Indian journal of veterinary science and animal husbandry - Volume 2,
Year: 1932
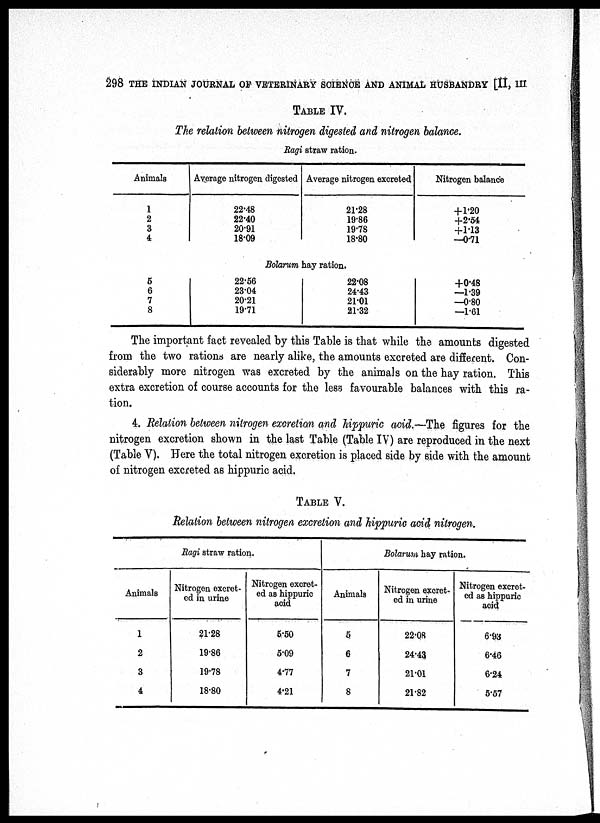
298 THE INDIAN JOURNAL OF VETERINARY SCIENCE AND ANIMAL HUSBANDRY [II, III
TABLE IV.
The relation between nitrogen digested and nitrogen balance.
Ragi straw ration.
Animals
1
2
3
4
5
6
7
8
Average nitrogen digested
22.48
22.40
20.91
18.09
Average nitrogen excreted
21.28
19.86
19.78
18.80
Bolarum hay ration.
22.56
23.04
20.21
19.71
22.08
24.43
21.01
21.32
Nitrogen balance
+1.20
+2.54
+1.13
—0.71
+0.48
—1.39
—0.80
—1.61
The important fact revealed by this Table is that while the amounts digested
from the two rations are nearly alike, the amounts excreted are different. Con-
siderably more nitrogen was excreted by the animals on the hay ration. This
extra excretion of course accounts for the less favourable balances with this ra-
tion.
4. Relation between nitrogen excretion and hippuric acid.—The figures for the
nitrogen excretion shown in the last Table (Table IV) are reproduced in the next
(Table V). Here the total nitrogen excretion is placed side by side with the amount
of nitrogen excreted as hippuric acid.
TABLE V.
Relation between nitrogen excretion and hippuric acid nitrogen.
Ragi straw ration.
Animals
1
2
3
4
Nitrogen excret-
ed in urine
21.28
19.86
19.78
18.80
Nitrogen excret-
ed as hippuric
acid
5.50
5.09
4.77
4.21
Bolarum hay ration.
Animals
5
6
7
8
Nitrogen excret-
ed in urine
22.08
24.43
21.01
21.82
Nitrogen excret-
ed as hippuric
acid
6.93
6.46
6.24
5.57